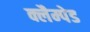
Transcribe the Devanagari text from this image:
क्लैम्पेड